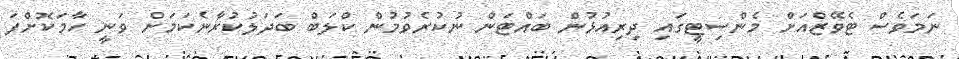
ނަމަވެސް ޓެވޭޒްއަށް މެންސިޓީގައި ދިރިއުޅުން ބައްޓަން ނުކުރެވުމުން ކްލަބް ބަދަލުކުރާނެކަމަށް ވަނީ ހާމަކޮށްފަ